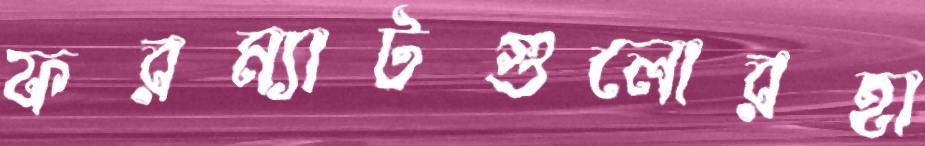
ফরম্যাটগুলোরহা